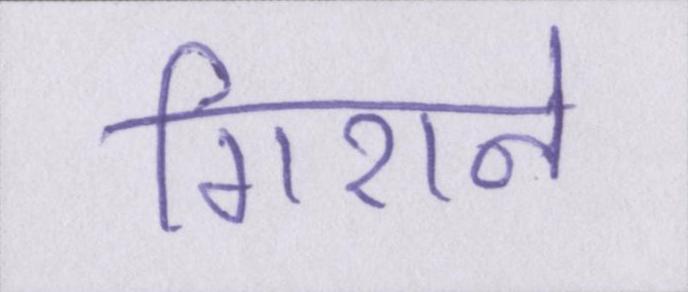
गिराने